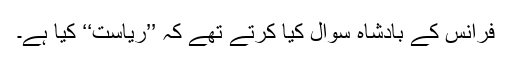
فرانس کے بادشاہ سوال کیا کرتے تھے کہ ’’ریاست‘‘ کیا ہے۔